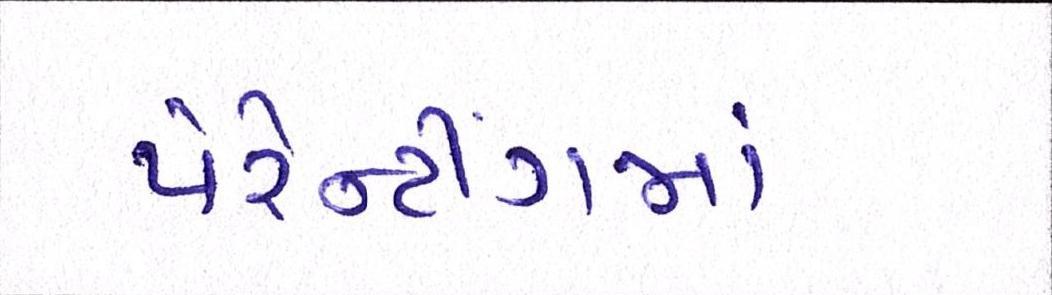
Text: પેરેન્ટીંગમાં